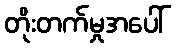
တိုးတက်မှုအပေါ်